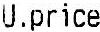
U.PRICE